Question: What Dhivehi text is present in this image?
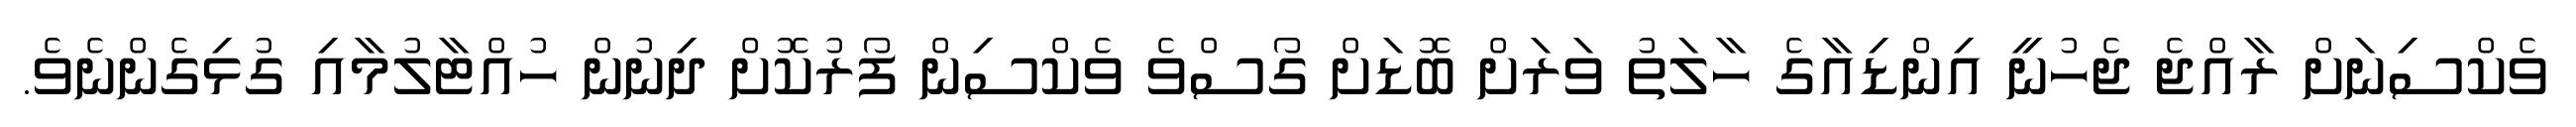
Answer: ވެކްސިނަށް ރާއްޖެ ޖެހުނީ އިންޑިއާގެ ހާލަތު ވަރަށް ބޮޑަށް ގޯސްވެ ވެކްސިން ފޯރުކޮށް ދިނުން ހުއްޓާލުމާއި ގުޅިގެންނެވެ.